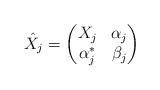
LaTeX: \begin{align*}\hat X_j=\begin{pmatrix}X_j & \alpha_j \\ \alpha_j^* & \beta_j\end{pmatrix}\end{align*}